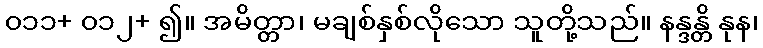
၀၁၁+ ၀၁၂+ ၍။ အမိတ္တာ၊ မချစ်နှစ်လိုသော သူတို့သည်။ နန္ဒန္တိ နုန၊